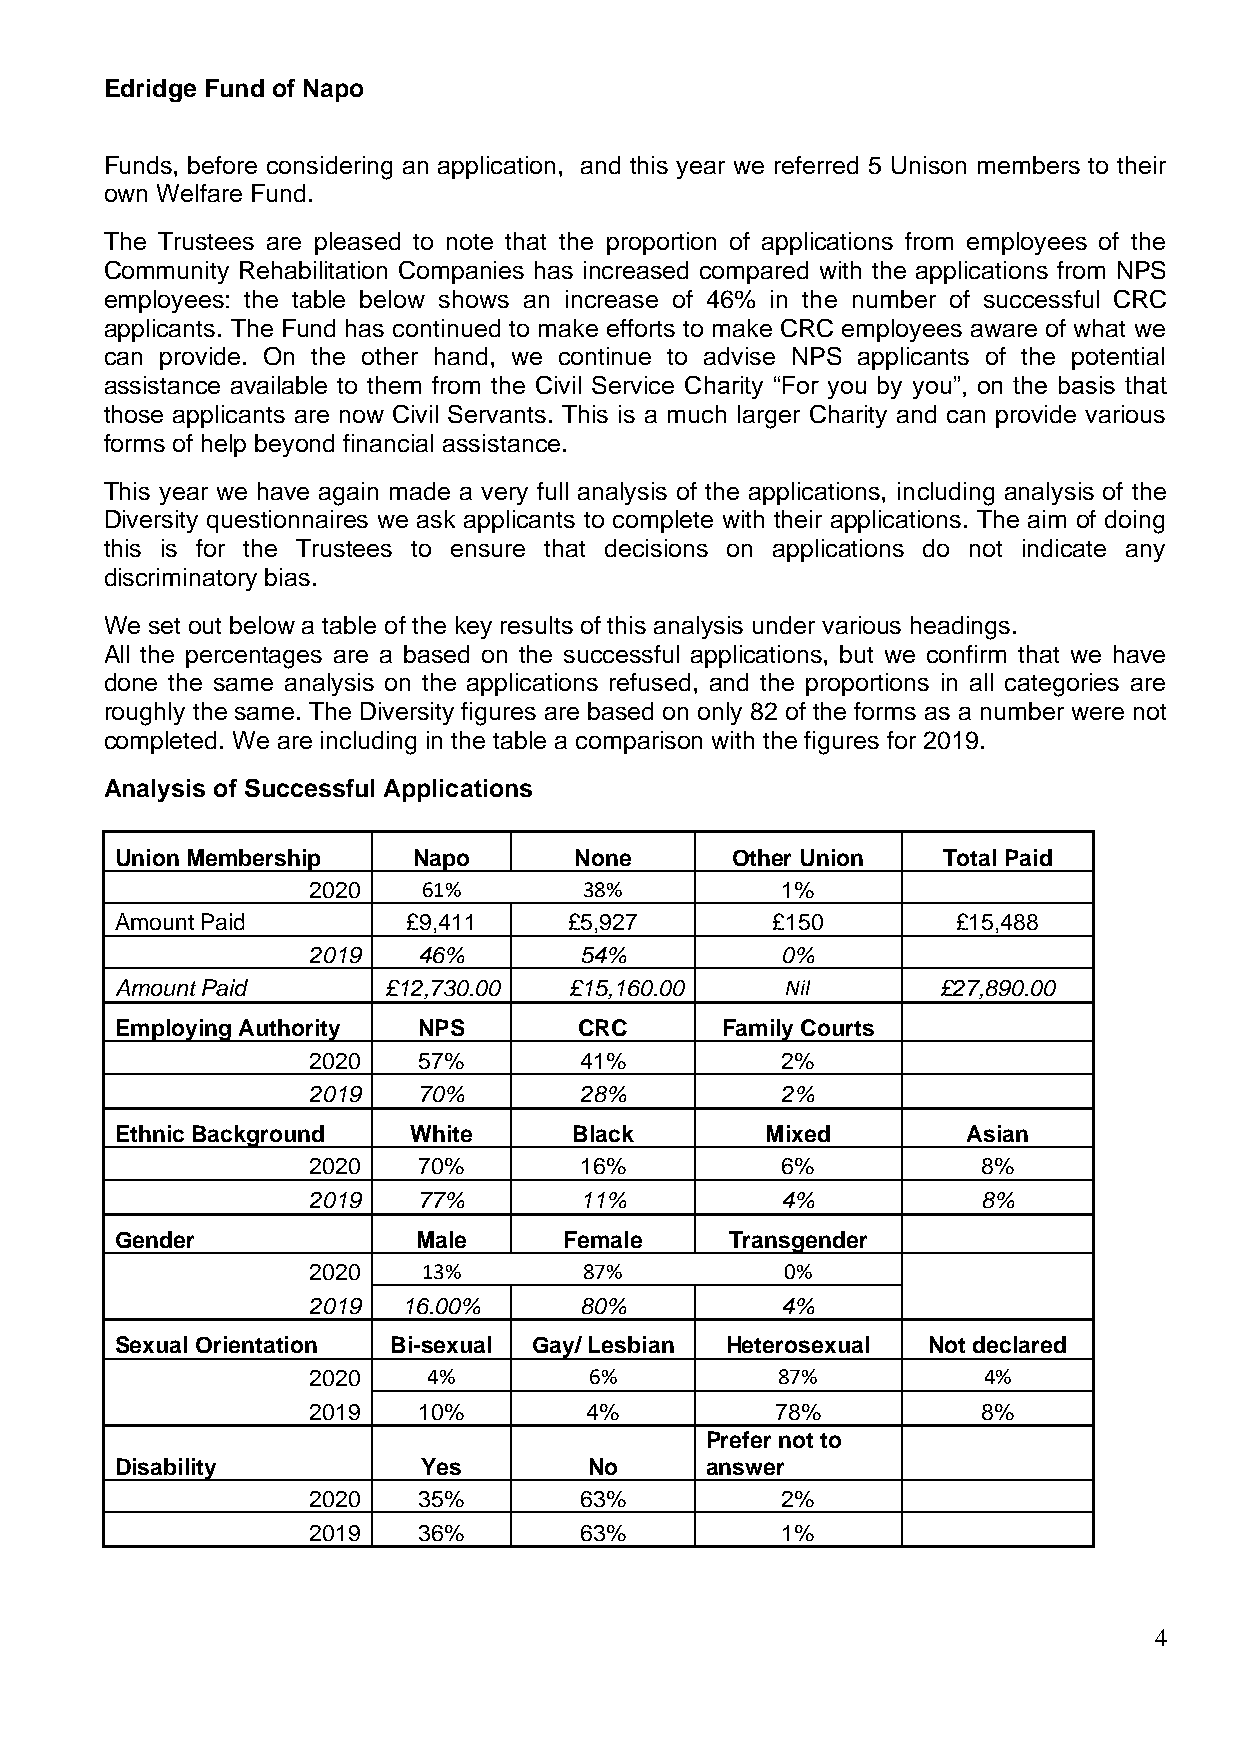
Edridge Fund of Napo
 Funds, before considering an application, and this year we referred 5 Unison members to their
 own Welfare Fund.
 The Trustees are pleased to note that the proportion of applications from employees of the
 Community Rehabilitation Companies has increased compared with the applications from NPS
 employees: the table below shows an increase of 46% in the number of successful CRC
 applicants. The Fund has continued to make efforts to make CRC employees aware of what we
 can provide. On the other hand, we continue to advise NPS applicants of the potential
 assistance available to them from the Civil Service Charity “For you by you”, on the basis that
 those applicants are now Civil Servants. This is a much larger Charity and can provide various
 forms of help beyond financial assistance.
 This year we have again made a very full analysis of the applications, including analysis of the
 Diversity questionnaires we ask applicants to complete with their applications. The aim of doing
 this is for the Trustees to ensure that decisions on applications do not indicate any
 discriminatory bias.
 We set out below a table of the key results of this analysis under various headings.
 All the percentages are a based on the successful applications, but we confirm that we have
 done the same analysis on the applications refused, and the proportions in all categories are
 roughly the same. The Diversity figures are based on only 82 of the forms as a number were not
 completed. We are including in the table a comparison with the figures for 2019.
 Analysis of Successful Applications
 Union Membership   Napo       None      Other Union   Total Paid
 2020    61%        38%          1%
 Amount Paid        £9,411     £5,927       £150        £15,488
 2019    46%       54%           0%
 Amount Paid      £12,730.00   £15,160.00    Nil       £27,890.00
 Employing Authority NPS       CRC       Family Courts
 2020    57%       41%           2%
 2019    70%       28%           2%
 Ethnic Background  White      Black        Mixed        Asian
 2020    70%       16%           6%           8%
 2019    77%       11%           4%           8%
 Gender              Male     Female     Transgender
 2020    13%        87%          0%
 2019   16.00%     80%           4%
 Sexual Orientation Bi-sexual Gay/ Lesbian Heterosexual Not declared
 2020    4%         6%          87%           4%
 2019    10%        4%          78%           8%
 Prefer not to
 Disability          Yes        No      answer
 2020    35%       63%           2%
 2019    36%       63%           1%
 4